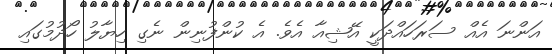
އަންނަ އެއް ސަރަހައްދަކީ އޭޝިއާ އެވެ. އެ ކުންފުނިން ނެގި ހިޔާލު ހޯދުމުގައި